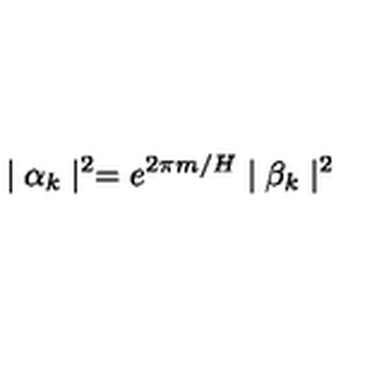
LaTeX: \mid \alpha _ { k } \mid ^ { 2 } = e ^ { 2 \pi m / H } \mid \beta _ { k } \mid ^ { 2 }